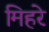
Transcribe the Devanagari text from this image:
मिहरे